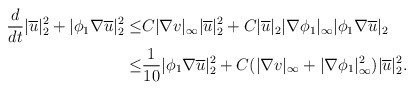
\begin{align*}\frac{d}{dt} |\overline{u}|^2_2 +|\phi_1 \nabla \overline{u}|^2_2\leq& C|\nabla v|_\infty |\overline{u}|^2_2+C|\overline{u}|_2 |\nabla \phi_1|_\infty |\phi_1 \nabla \overline{u}|_2\\\leq & \frac{1}{10}|\phi_1 \nabla \overline{u}|^2_2+C(|\nabla v|_\infty +|\nabla \phi_1|^2_\infty)|\overline{u}|^2_2.\end{align*}